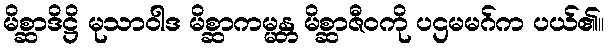
မိစ္ဆာဒိဋ္ဌိ မုသာဝါဒ မိစ္ဆာကမ္မန္တ မိစ္ဆာဇီဝကို ပဌမမဂ်က ပယ်၏။